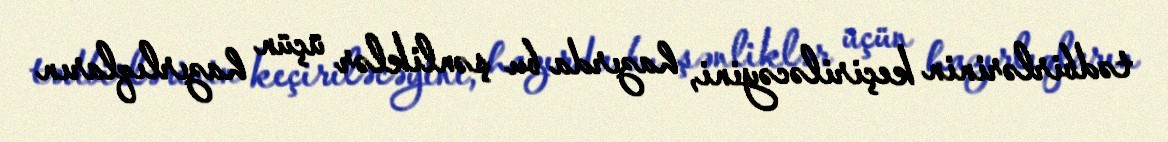
tədbirlərinin keçiriləcəyini, hazırda bu şənliklər üçün hazırlıqların